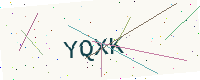
Text: YQXK